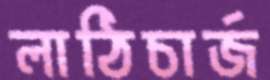
লাঠিচার্জ